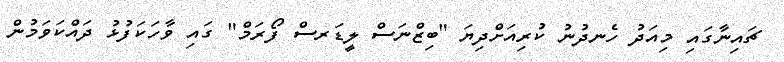
ޗައިނާގައި މިއަދު ހެނދުނު ކުރިއަށްދިޔަ "ބިޒްނަސް ލީޑަރސް ފޯރަމް" ގައި ވާހަކަފުޅު ދައްކަވަމުން